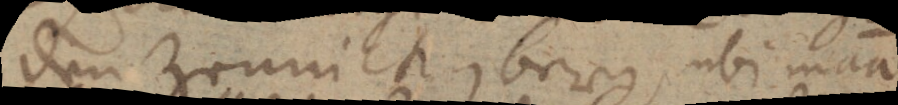
den Zeunickenberg, ubi maa